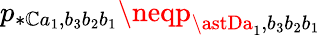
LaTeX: p_{\ast\mathbb{C}a_{1},b_{3}b_{2}b_{1}}\neqp_{\astDa_{1},b_{3}b_{2}b_{1}}